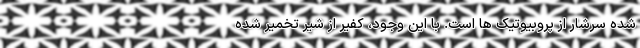
شده سرشار از پروبیوتیک ها است. با این وجود، کفیر از شیر تخمیر شده